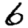
Digit: 6